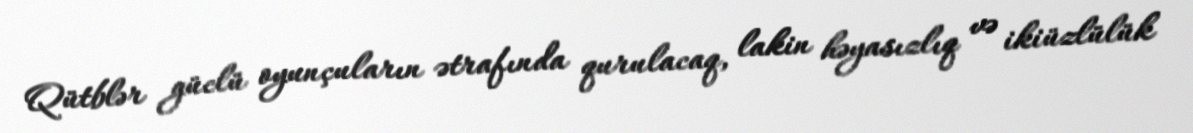
Qütblər güclü oyunçuların ətrafında qurulacaq, lakin həyasızlıq və ikiüzlülük